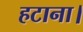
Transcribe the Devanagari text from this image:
हटाना।